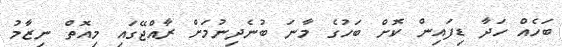
ބަހެއް ހަދާ ޑިފައިން ކޮށް ބަހުގެ މާނަ ބުނެދިނުމަށް ރާއްޖޭގައި މިއޮތް ނިޒާމު